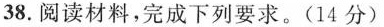
38.阅读材料，完成下列要求。(14分)